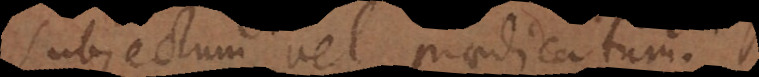
ctum vel praedicatum